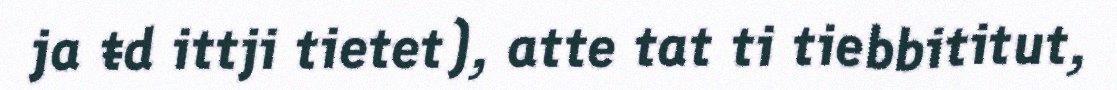
ja ŧd ittji tietet), atte tat ti tiebbititut,